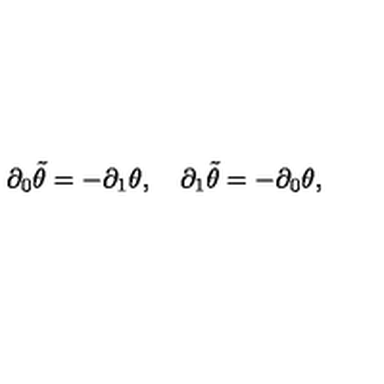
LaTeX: \partial _ { 0 } \tilde { \theta } = - \partial _ { 1 } \theta , \quad \partial _ { 1 } \tilde { \theta } = - \partial _ { 0 } \theta ,